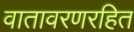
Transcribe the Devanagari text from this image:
वातावरणरहित